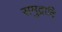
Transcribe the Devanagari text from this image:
समुद्रादि